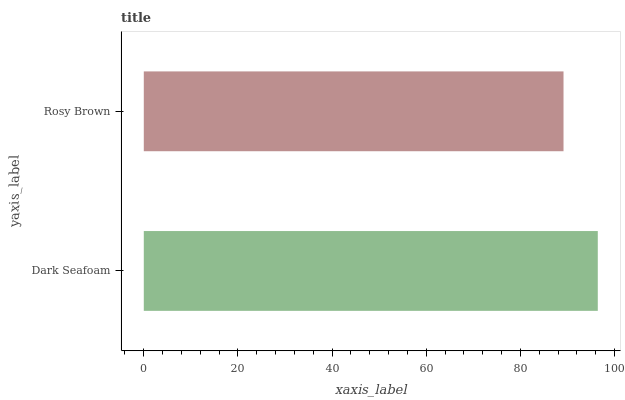
| yaxis_label | bars |
 | --- | --- |
 | Dark Seafoam | 96.4 |
 | Rosy Brown | 89.2 |